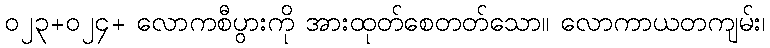
၀၂၃+၀၂၄+ လောကစီပွားကို အားထုတ်စေတတ်သော။ လောကာယတကျမ်း၊